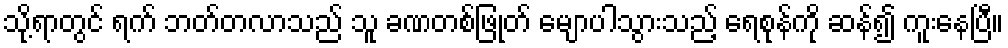
သို့ရာတွင် ရက် ဘတ်တလာသည် သူ ခဏတစ်ဖြုတ် မျောပါသွားသည့် ရေစုန်ကို ဆန်၍ ကူးနေပြီ။